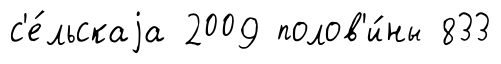
с'е́льскаjа 2009 полов'и́ны 833